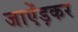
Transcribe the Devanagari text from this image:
जाऐंड़कर